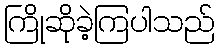
ကြိုဆိုခဲ့ကြပါသည်